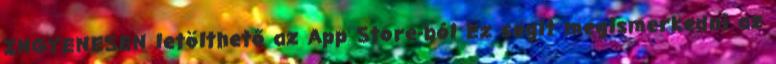
INGYENESEN letölthető az App Store-ból Ez segít megismerkedni az